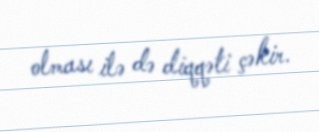
olması ilə də diqqəti çəkir.